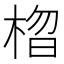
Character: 𣓗